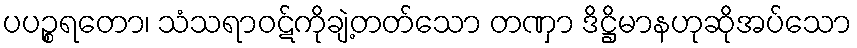
ပပဉ္စရတော၊ သံသရာဝဋ်ကိုချဲ့တတ်သော တဏှာ ဒိဋ္ဌိမာနဟုဆိုအပ်သော